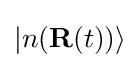
|n(\mathbf {R} (t))\rangle